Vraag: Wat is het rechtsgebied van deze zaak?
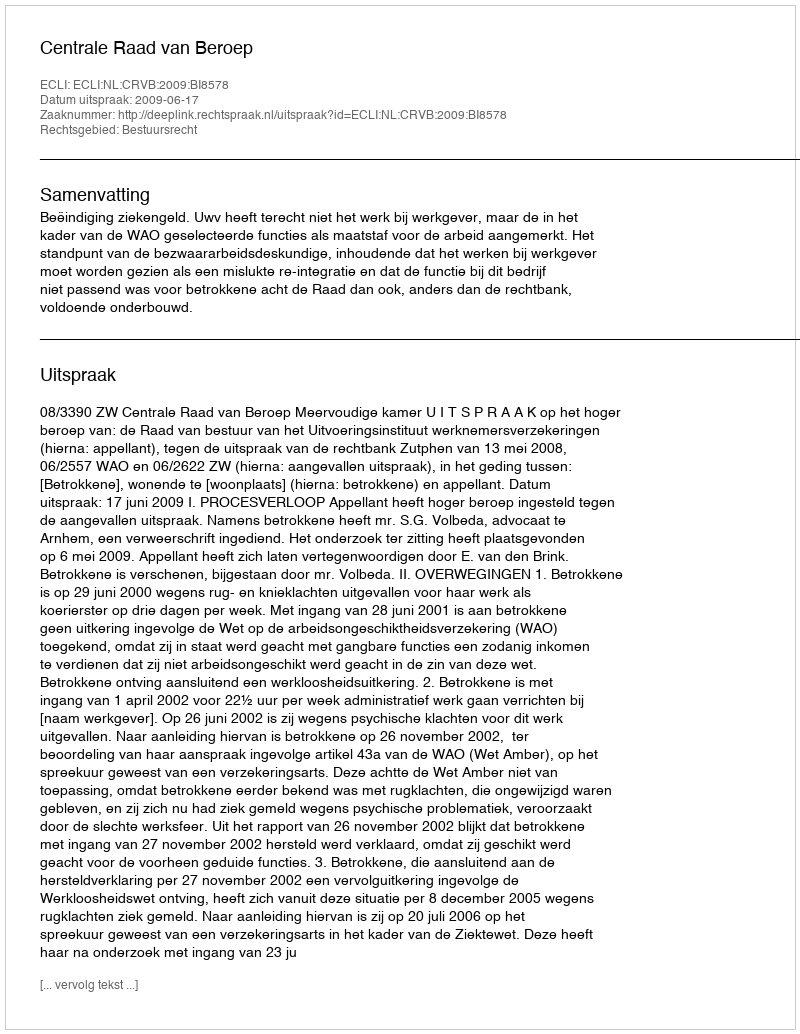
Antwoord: Bestuursrecht